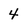
Character: 4